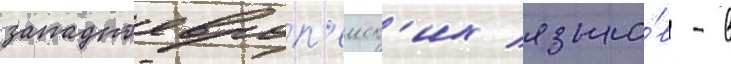
западноевроп'еиск'их языко́в - в